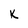
Character: K